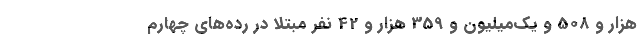
هزار و 508 و یک‌میلیون و 359 هزار و 42 نفر مبتلا در رده‌های چهارم